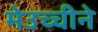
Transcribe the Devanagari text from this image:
मेउच्चीने